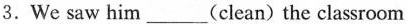
3.We saw him___(clean) the classroom